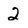
Character: 2